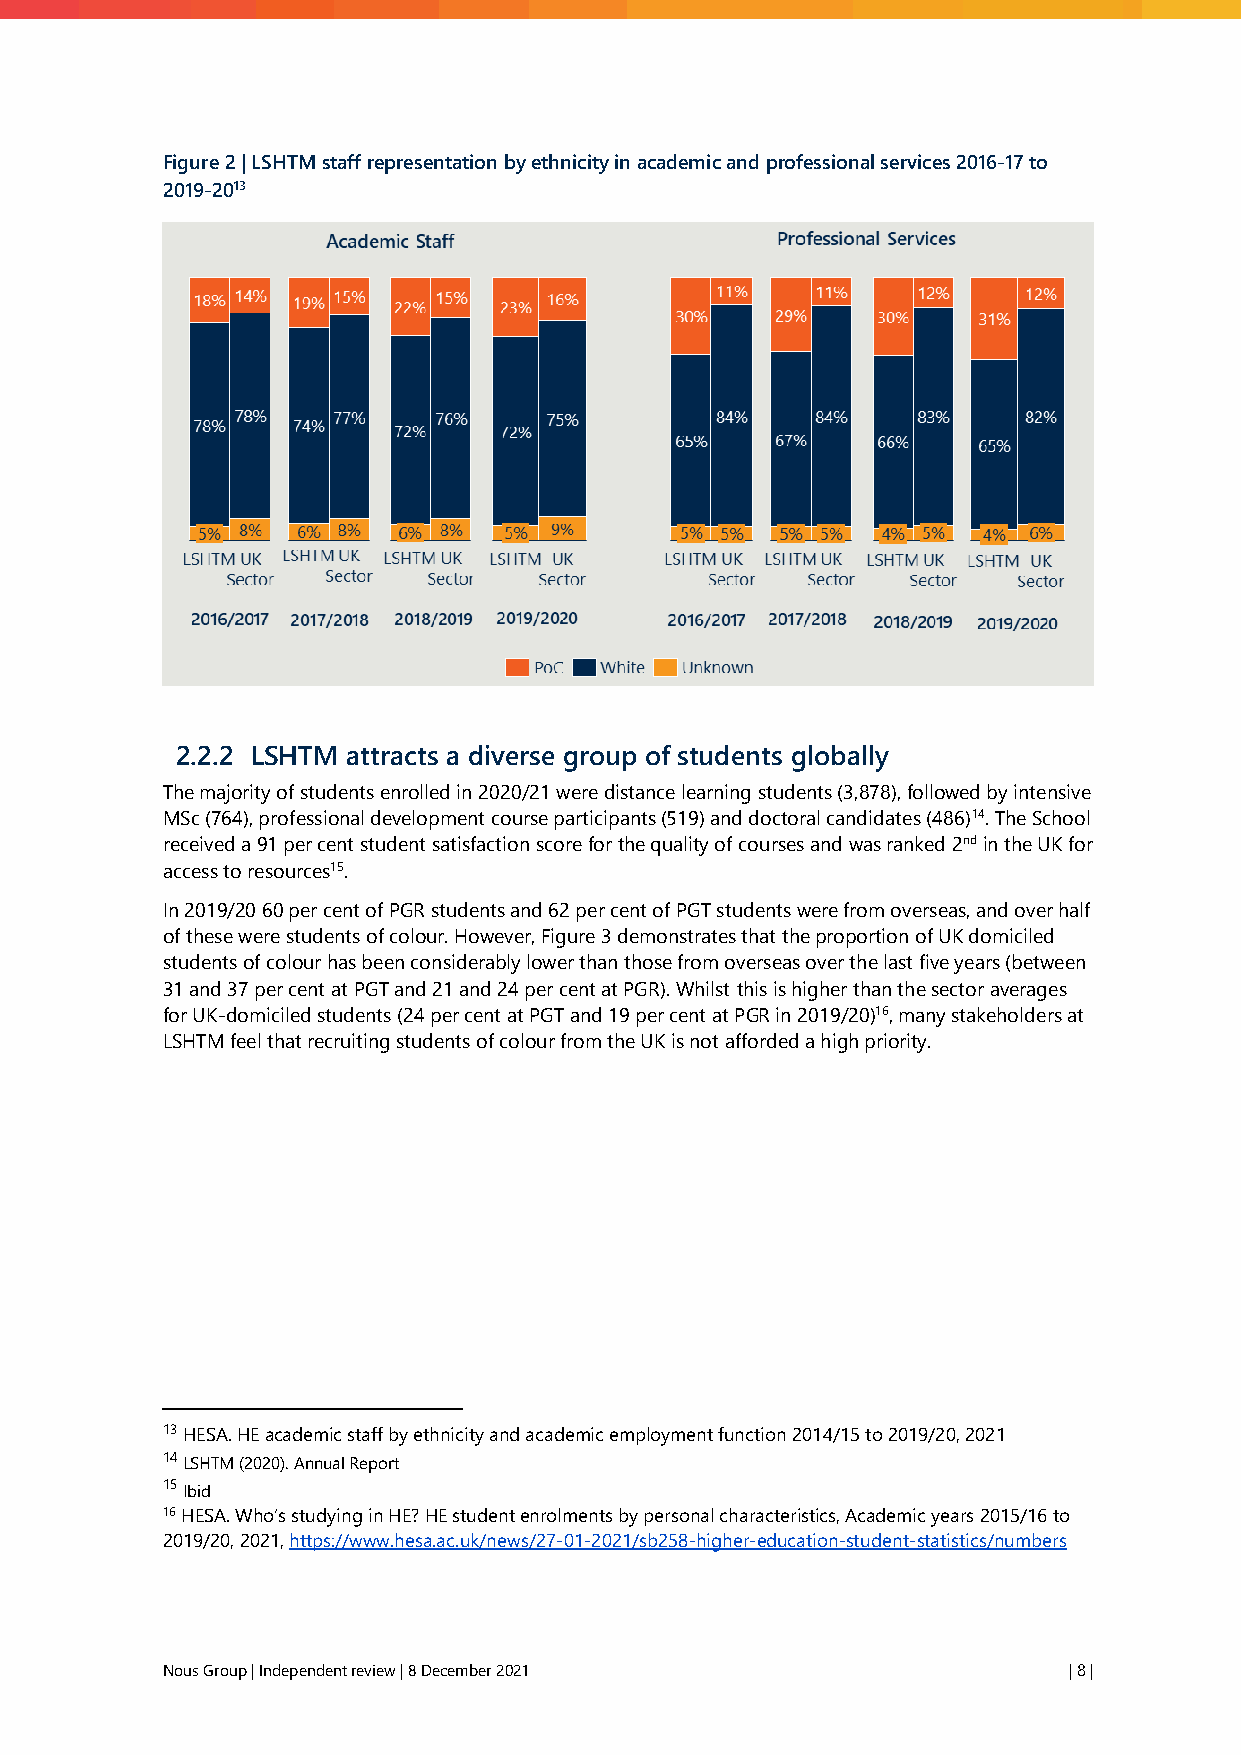
Figure 2 | LSHTM staff representation by ethnicity in academic and professional services 2016-17 to
 2019-2013
 2.2.2 LSHTM attracts a diverse group of students globally
 The majority of students enrolled in 2020/21 were distance learning students (3,878), followed by intensive
 MSc (764), professional development course participants (519) and doctoral candidates (486)14. The School
 received a 91 per cent student satisfaction score for the quality of courses and was ranked 2nd in the UK for
 access to resources15.
 In 2019/20 60 per cent of PGR students and 62 per cent of PGT students were from overseas, and over half
 of these were students of colour. However, Figure 3 demonstrates that the proportion of UK domiciled
 students of colour has been considerably lower than those from overseas over the last five years (between
 31 and 37 per cent at PGT and 21 and 24 per cent at PGR). Whilst this is higher than the sector averages
 for UK-domiciled students (24 per cent at PGT and 19 per cent at PGR in 2019/20)16, many stakeholders at
 LSHTM feel that recruiting students of colour from the UK is not afforded a high priority.
 13 HESA. HE academic staff by ethnicity and academic employment function 2014/15 to 2019/20, 2021
 14 LSHTM (2020). Annual Report
 15 Ibid
 16 HESA. Who’s studying in HE? HE student enrolments by personal characteristics, Academic years 2015/16 to
 2019/20, 2021, https://www.hesa.ac.uk/news/27-01-2021/sb258-higher-education-student-statistics/numbers
 Nous Group | Independent review | 8 December 2021           | 8 |